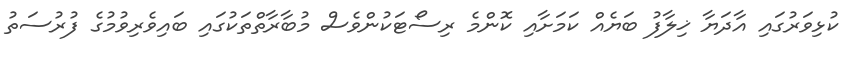
ކުޅިވަރުގައި އާދަޔާ ޚިލާފު ބަޔެއް ކަމަށާއި ކޮންމެ ރިސޯޓަކުންވެސް މުބާރާތްތަކުގައި ބައިވެރިވުމުގެ ފުރުސަތު